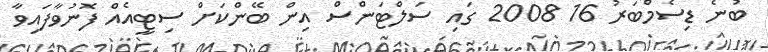
ބުނެ ޑިސެމްބަރު 16 2008 ގައި ސަލްޓަންސް އިން ބޭންކަށް ސިޓީއެއް ފޮނުވާފައިވާ